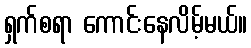
ရှက်စရာ ကောင်းနေလိမ့်မယ်။